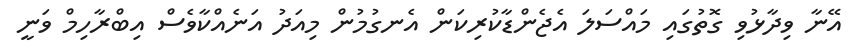
އޭނާ ވިދާޅުވި ގޮތުގައި މައްސަލަ އެޖެންޑާކުރިކަން އެނގުމުން މިއަދު އަނެއްކާވެސް އިބްރާހިމް ވަނީ